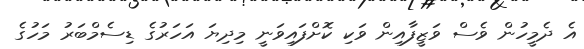
އެ ދެމީހުން ވެސް ވަޒީފާއިން ވަކި ކޮށްފައިވަނީ މިދިޔަ އަހަރުގެ ޑިސެމްބަރު މަހުގެ